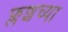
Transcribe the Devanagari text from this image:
फ्लशच्या